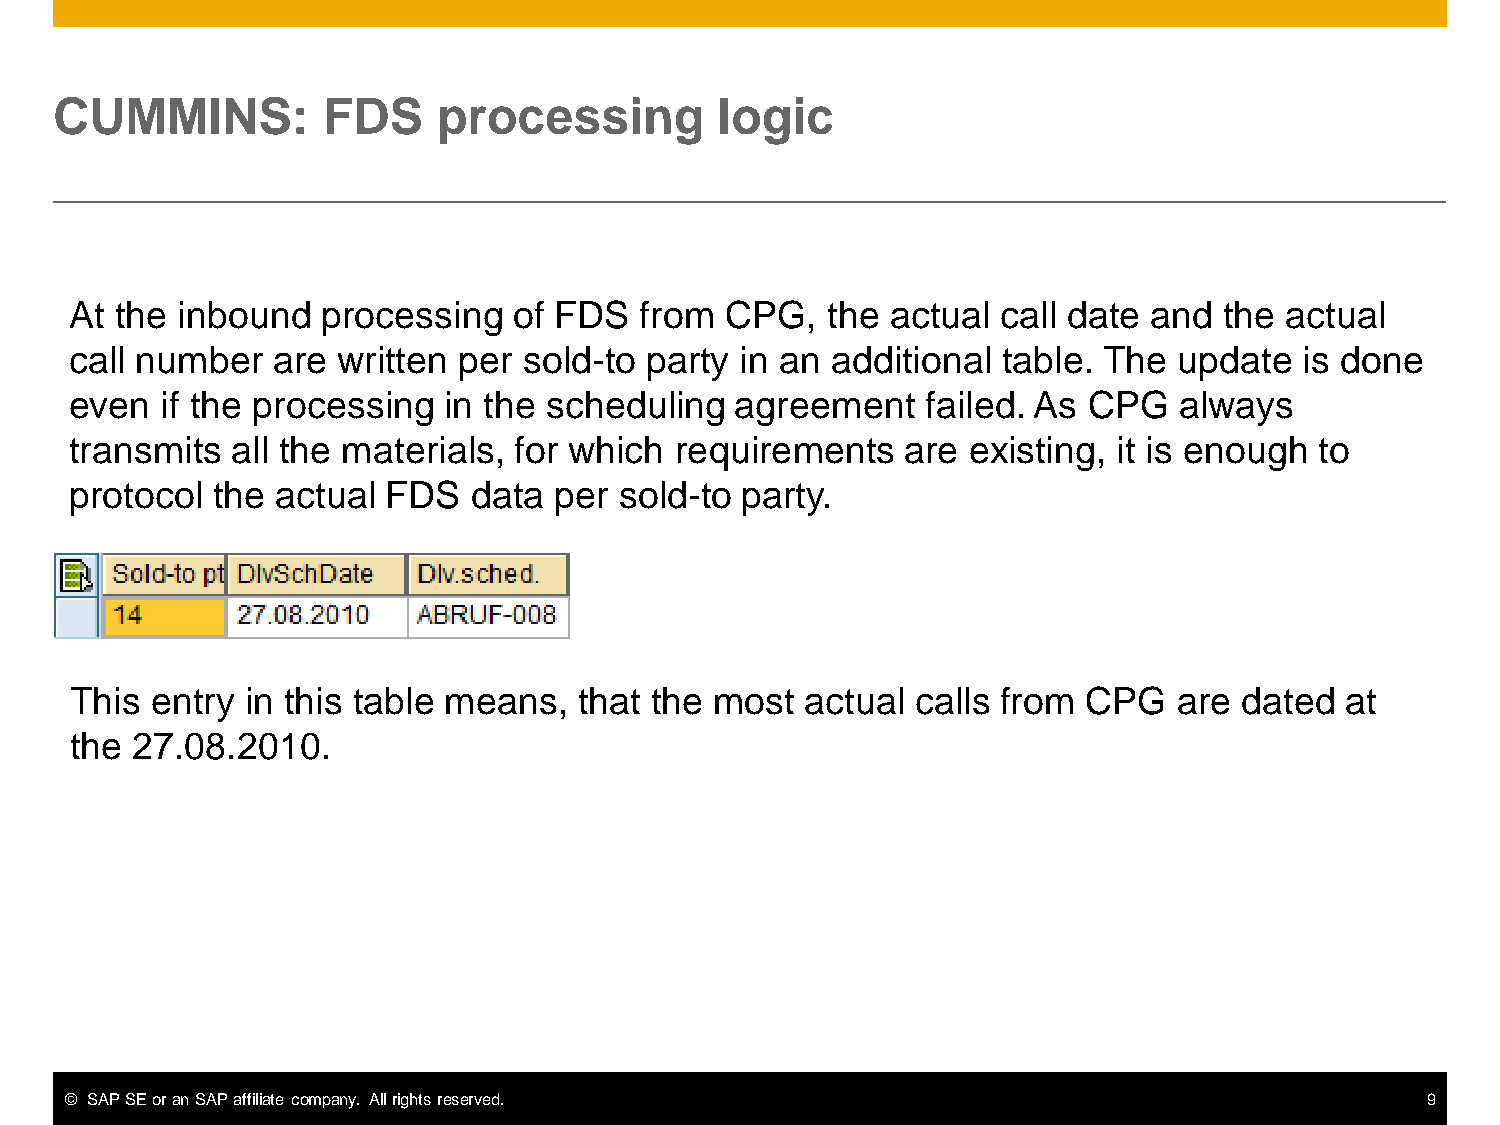
CUMMINS:         FDS     processing        logic
 At the inbound  processing   of FDS  from  CPG,   the actual call date and  the actual
 call number  are written per  sold-to party in an additional table. The  update  is done
 even  if the processing in the scheduling   agreement   failed. As CPG   always
 transmits all the materials, for which  requirements   are existing, it is enough to
 protocol the actual FDS   data  per sold-to party.
 This entry in this table means,  that the most  actual  calls from CPG   are dated  at
 the 27.08.2010.
 © SAP SE or an SAP affiliate company. All rights reserved.                                9